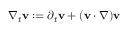
\nabla _ { t } \mathbf { v } : = \partial _ { t } \mathbf { v } + ( \mathbf { v } \cdot \nabla ) \mathbf { v }